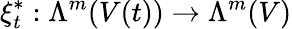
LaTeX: \xi_{t}^{\ast}:\Lambda^{m}(V(t))\to\Lambda^{m}(V)